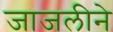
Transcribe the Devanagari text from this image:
जाजलीने